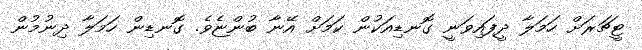
ޓީޗަރަށް ހަމަލާ ދީފައިވަނީ ގޮނޑިއަކުން ކަމަށް އޭނާ ބުންޏެވެ. ގޮނޑިން ހަމަލާ ދިނުމުން